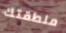
منطقتك